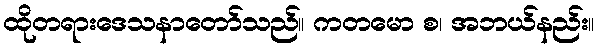
ထိုတရားဒေသနာတော်သည်။ ကတမော စ၊ အဘယ်နည်း။